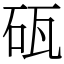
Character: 砙